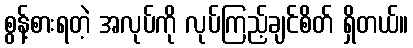
စွန့်စားရတဲ့ အလုပ်ကို လုပ်ကြည့်ချင်စိတ် ရှိတယ်။